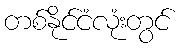
တစ်နိုင်ငံလုံးတွင်